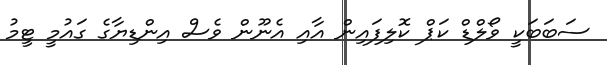
ސަބަބަކީ ވޯލްޑް ކަޕް ކޮލިފައިން އާއި އެނޫން ވެސް އިންޑިޔާގެ ގައުމީ ޓީމު